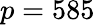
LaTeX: p=585